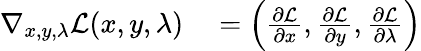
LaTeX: \begin{array}{rl}{\nabla_{x,y,\lambda}{\mathcal{L}}(x,y,\lambda)}&{{}=\left({\frac{\partial{\mathcal{L}}}{\partial x}},{\frac{\partial{\mathcal{L}}}{\partial y}},{\frac{\partial{\mathcal{L}}}{\partial\lambda}}\right)}\end{array}